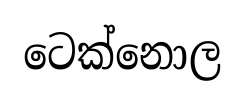
ටෙක්නොල